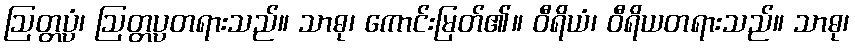
ဩတ္တပ္ပံ၊ ဩတ္တပ္ပတရားသည်။ သာဓု၊ ကောင်းမြတ်၏။ ဝီရိယံ၊ ဝီရိယတရားသည်။ သာဓု၊